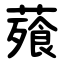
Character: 薞